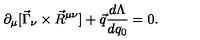
\partial _ { \mu } [ \vec { \Gamma } _ { \nu } \times \vec { R } ^ { \mu \nu } ] + \vec { q } \frac { d \Lambda } { d q _ { 0 } } = 0 .